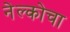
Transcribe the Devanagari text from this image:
नेल्कोचा